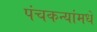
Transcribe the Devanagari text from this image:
पंचकन्यांमधे